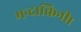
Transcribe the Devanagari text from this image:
मन्दाकिनी।